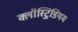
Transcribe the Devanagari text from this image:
क्लॉस्ट्रिडियम